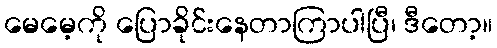
မေမေ့ကို ပြောခိုင်းနေတာကြာပါပြီ၊ ဒီတော့။